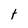
Character: t